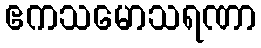
ဧကသမောသရဏာ